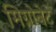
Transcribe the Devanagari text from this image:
मिग्नोनेट